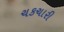
ચકચારી